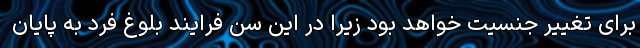
برای تغییر جنسیت خواهد بود زیرا در این سن فرایند بلوغ فرد به پایان